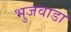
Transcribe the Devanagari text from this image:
भुजवाडा